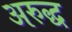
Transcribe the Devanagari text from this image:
अरुद्ध